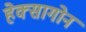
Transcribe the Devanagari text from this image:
हेक्सागोन